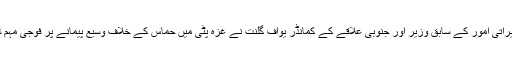
اسی تناظر میں اسرائیل کے تعمیراتی امور کے سابق وزیر اور جنوبی علاقے کے کمانڈر یواف گلنت نے غزہ پٹی میں حماس کے خلاف وسیع پیمانے پر فوجی مہم شروع کئے جانے کا مطالبہ کیا۔